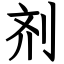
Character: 剂